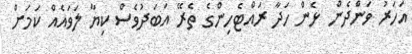
އަހަރު ވަންދެން ޅެން ހަދާ ރައްޓެހިންގެ ތެރޭ އަބަދުވެސް ކިޔާ ލަވައެއް ކަމަށް